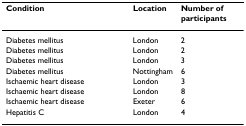
| Condition | Location | Number of participants |
 | --- | --- | --- |
 | Diabetes mellitus | London | 2 |
 | Diabetes mellitus | London | 2 |
 | Diabetes mellitus | London | 3 |
 | Diabetes mellitus | Nottingham | 6 |
 | Ischaemic heart disease | London | 3 |
 | Ischaemic heart disease | London | 8 |
 | Ischaemic heart disease | Exeter | 6 |
 | Hepatitis C | London | 4 |